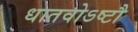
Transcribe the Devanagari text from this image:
धातवोऽष्टौ